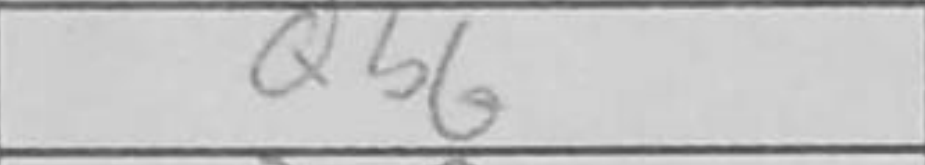
Transcription: Qb6